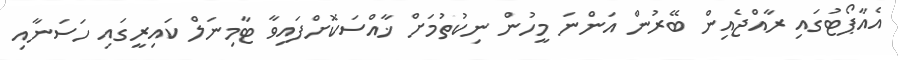
އެއާޕޯޓުގައި ރާއްޖެއިން ބޭރުން އަންނަ މީހުން ނިކުތުމަށް ޚާއްސަކޮށްފައިވާ ޓާމިނަލް ކައިރީގައި ހަސަނާއި